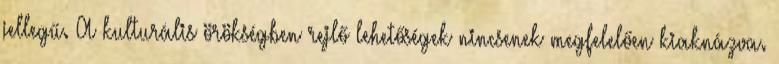
jellegű. A kulturális örökségben rejlő lehetőségek nincsenek megfelelően kiaknázva.